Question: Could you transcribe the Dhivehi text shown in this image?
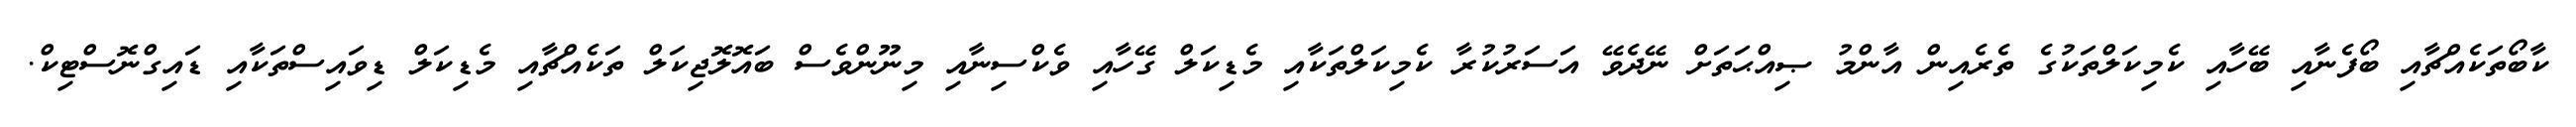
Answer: ކާބޯތަކެއްޗާއި ބޯފެނާއި ބޭހާއި ކެމިކަލްތަކުގެ ތެރެއިން އާންމު ޞިއްޙަތަށް ނޭދެވޭ އަސަރުކުރާ ކެމިކަލްތަކާއި މެޑިކަލް ގޭހާއި ވެކްސިނާއި މިނޫންވެސް ބައޮލޮޖިކަލް ތަކެއްޗާއި މެޑިކަލް ޑިވައިސްތަކާއި ޑައިގްނޮސްޓިކް.